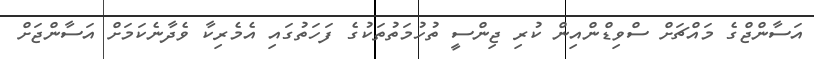
އަސާންޖްގެ މައްޗަށް ސްވިޑްންއިން ކުރި ޖިންސީ ތުހުމަތުތަކުގެ ފަހަތުގައި އެމެރިކާ ވެދާނެކަމަށް އަސާންޖަށް